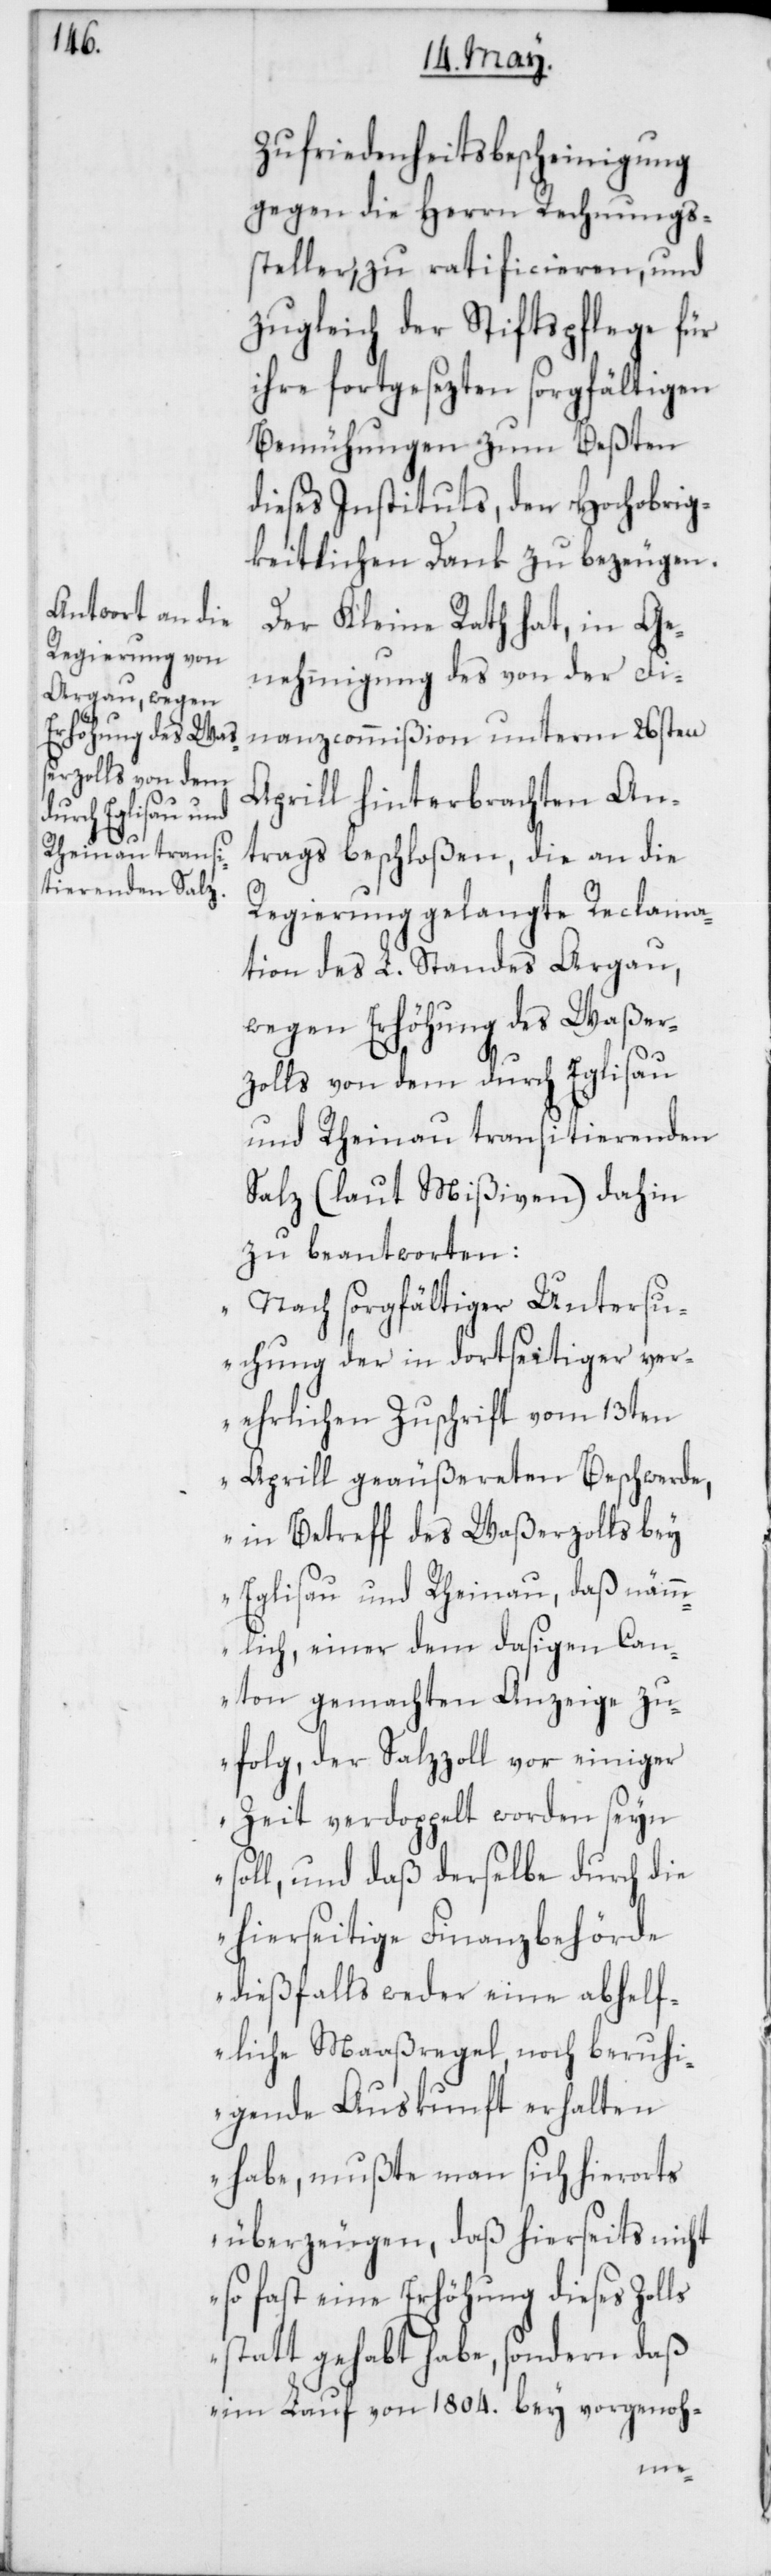
Zufriedenheitsbescheinigung
gegen die Herren Rechnungs¬
steller, zu ratificieren, und
zugleich der Stiftspflege für
ihre fortgesezten sorgfältigen
Bemühungen zum Beßten
dieses Instituts, den Hochobrig¬
keitlichen Dank zu bezeugen.
Der Kleine Rath hat, in Ge¬
nehmigung des von der Fi¬
nanzcommißion unterm 26sten
Aprill hinterbrachten An¬
trags beschloßen, die an die
Regierung gelangte Reclama¬
tion des L. Standes Argau,
wegen Erhöhung des Waßer¬
zolls von dem durch Eglisau
und Rheinau transitierenden
Salz (laut Mißiven) dahin
zu beantworten:
„Nach sorgfältiger Untersu¬
chung der in dortseitiger ver¬
ehrlichen Zuschrift vom 13ten
Aprill geäußereten Beschwerde,
in Betreff des Waßerzolls bey
Eglisau und Rheinau, daß nämm¬
lich, einer dem dasigen Can¬
ton gemachten Anzeige zu¬
folg, der Salzzoll vor einiger
Zeit verdoppelt worden seyn
soll, und daß derselbe durch die
hierseitige Finanzbehörde
dießfalls weder eine abhelf¬
liche Maaßregel, noch beruhi¬
gende Auskunft erhalten
habe, mußte man sich hierorts
überzeugen, daß hierseits nicht
so fast eine Erhöhung dieses Zolls
statt gehabt habe, sondern daß
im Lauf von 1804. bey vorgenoh-